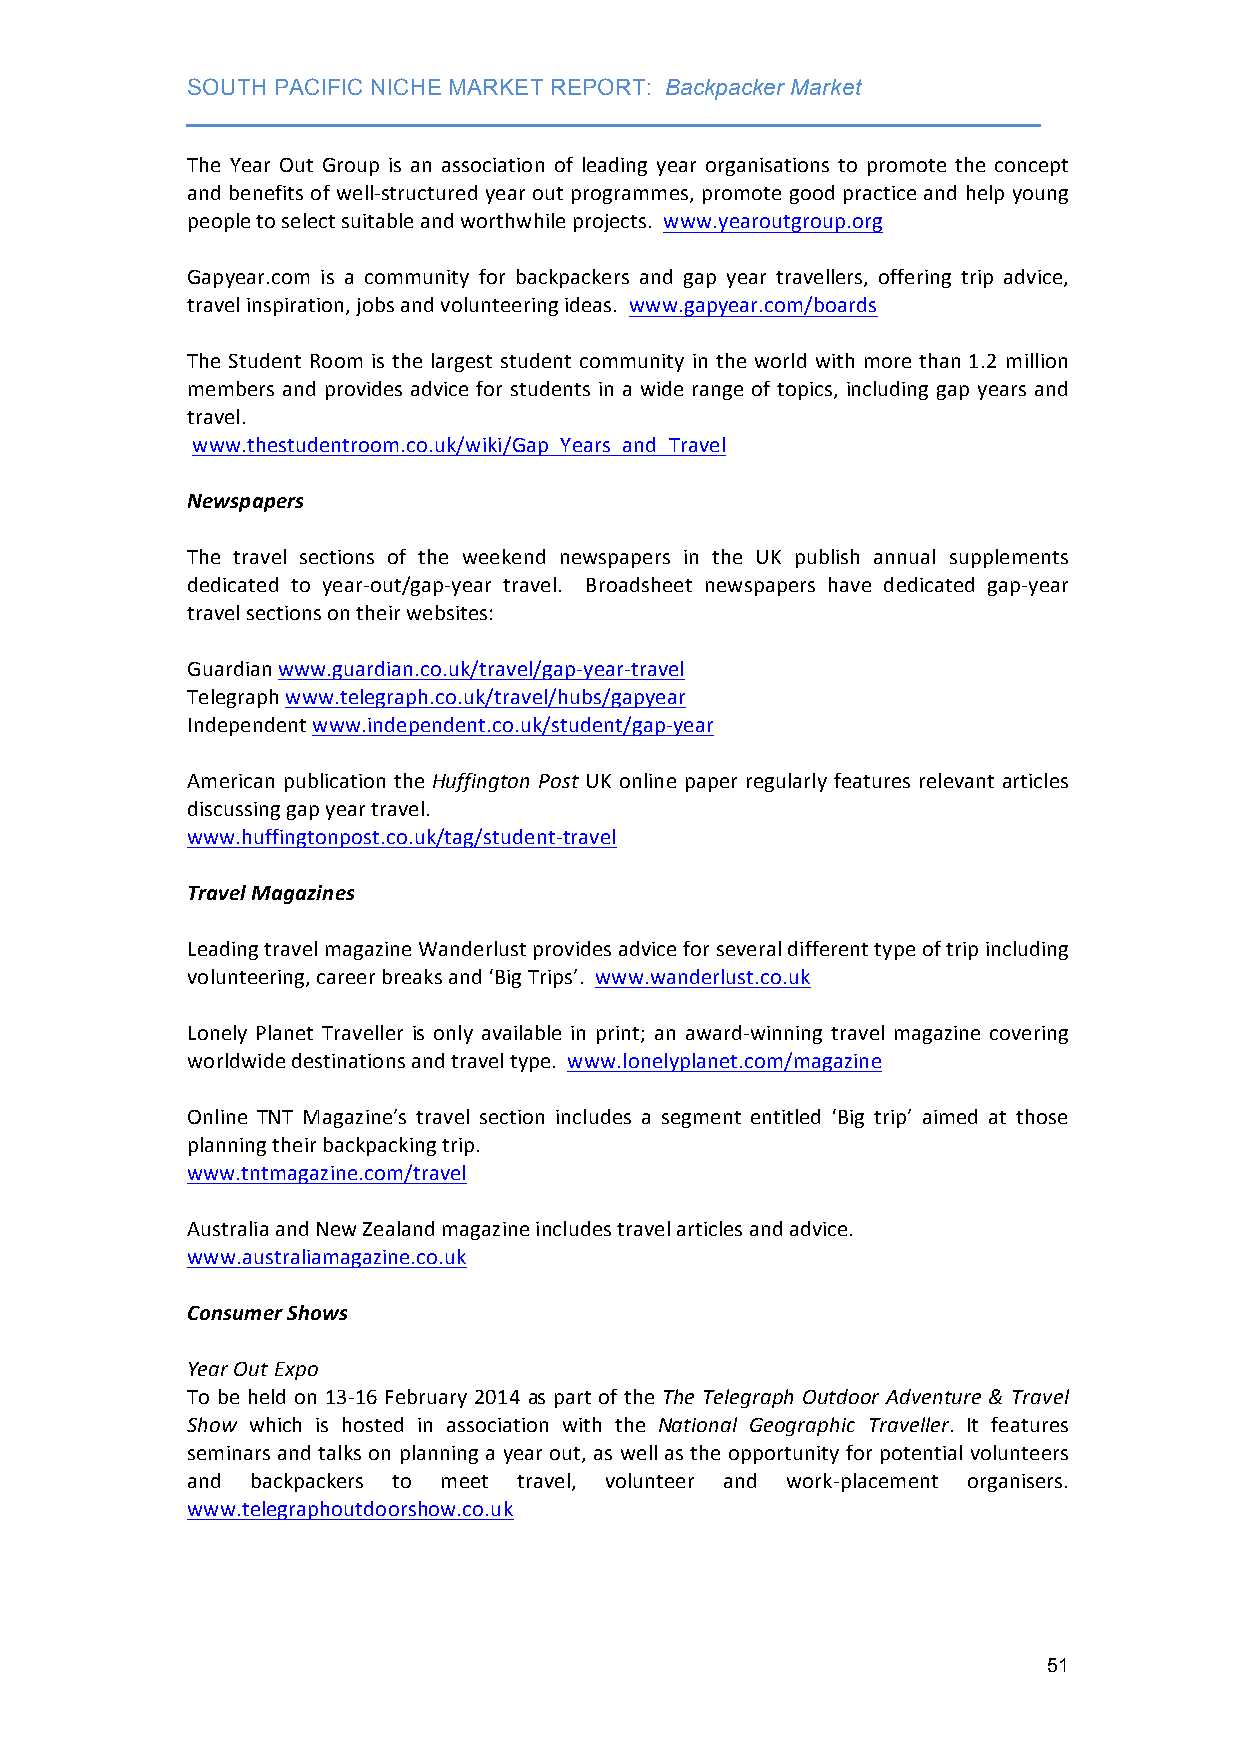
SOUTH PACIFIC NICHE MARKET REPORT: Backpacker Market
 ___________________________________________________________________
 The Year Out Group is an association of leading year organisations to promote the concept
 and benefits of well-­‐structured year out programmes, promote good practice and help young
 people to select suitable and worthwhile projects. www.yearoutgroup.org
 Gapyear.com is a community for backpackers and gap year travellers, offering trip advice,
 travel inspiration, jobs and volunteering ideas. www.gapyear.com/boards
 The Student Room is the largest student community in the world with more than 1.2 million
 members and provides advice for students in a wide range of topics, including gap years and
 travel.
 www.thestudentroom.co.uk/wiki/Gap_Years_and_Travel
 Newspapers
 The travel sections of the weekend newspapers in the UK publish annual supplements
 dedicated to year-­‐out/gap-­‐year travel. Broadsheet newspapers have dedicated gap-­‐year
 travel sections on their websites:
 Guardian www.guardian.co.uk/travel/gap-­‐year-­‐travel
 Telegraph www.telegraph.co.uk/travel/hubs/gapyear
 Independent www.independent.co.uk/student/gap-­‐year
 American publication the Huffington Post UK online paper regularly features relevant articles
 discussing gap year travel.
 www.huffingtonpost.co.uk/tag/student-­‐travel
 Travel Magazines
 Leading travel magazine Wanderlust provides advice for several different type of trip including
 volunteering, career breaks and ‘Big Trips’. www.wanderlust.co.uk
 Lonely Planet Traveller is only available in print; an award-­‐winning travel magazine covering
 worldwide destinations and travel type. www.lonelyplanet.com/magazine
 Online TNT Magazine’s travel section includes a segment entitled ‘Big trip’ aimed at those
 planning their backpacking trip.
 www.tntmagazine.com/travel
 Australia and New Zealand magazine includes travel articles and advice.
 www.australiamagazine.co.uk
 Consumer Shows
 Year Out Expo
 To be held on 13-­‐16 February 2014 as part of the The Telegraph Outdoor Adventure & Travel
 Show which is hosted in association with the National Geographic Traveller. It features
 seminars and talks on planning a year out, as well as the opportunity for potential volunteers
 and  backpackers to meet travel, volunteer and work-­‐placement organisers.
 www.telegraphoutdoorshow.co.uk
 51